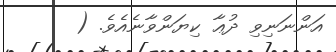
އަންނަނިވި ދުޢާ ކިޔަންވާނެއެވެ. (